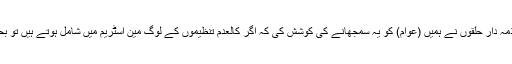
بعد ازاں مختلف مواقع پر ذمہ دار حلقوں نے ہمیں (عوام) کو یہ سمجھانے کی کوشش کی کہ اگر کالعدم تنظیموں کے لوگ مین اسٹریم میں شامل ہوتے ہیں تو بحالی امن میں مدد ملے گی۔